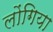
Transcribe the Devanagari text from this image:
लोंगिया